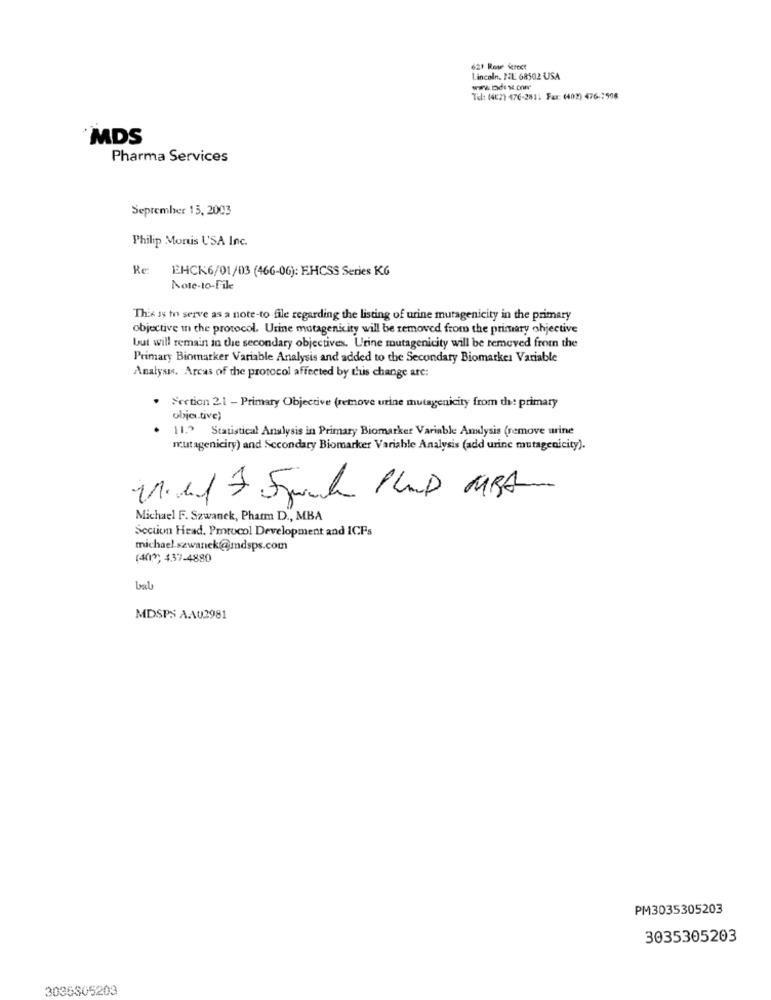
621 Rou terect
Lincoln. NE 68502 USA
Tel: (402) 476-2811 Fax: (402) 476-7508
MDS
Pharma Services
September 15, 2003
Philip Montis USA Inc.
Re
EHCK6/01/03 (466-06): EHCSS Series KG
Note-to-File
This is to serve as a note-to file regarding the listing of urine mutagenicity in the primary
objective in the protocol, Urine mutagenicity will be removed from the primary objective
but will remain in the secondary objectives. Urine mutagenicity will be removed from the
Primary Biomarker Variable Analysis and added to the Secondary Biomarker Variable
Analysis. Arcas of the protocol affected by this change are:
Section 2.1 - Primary Objective (remove urine mutagenicity from the primary
objc.tive)
11.> Statistical Analysis in Primary Biomarker Variable Andlysis (remove urine
mutageniciry) and Secondary Biomarker Variable Analysis (add urine mutagenicity).
Michael F. Szwanek, Pharm D ., MBA
Section Head. Pmtocol Development and ICFs
michael.szwanek@mdsps.com
(40)) 437-4880
baby
MDSPS AAU2981
PM3035305203
3035305203
3035305203